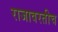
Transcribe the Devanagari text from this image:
राजावरतीच